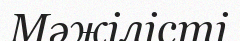
Мәжілісті